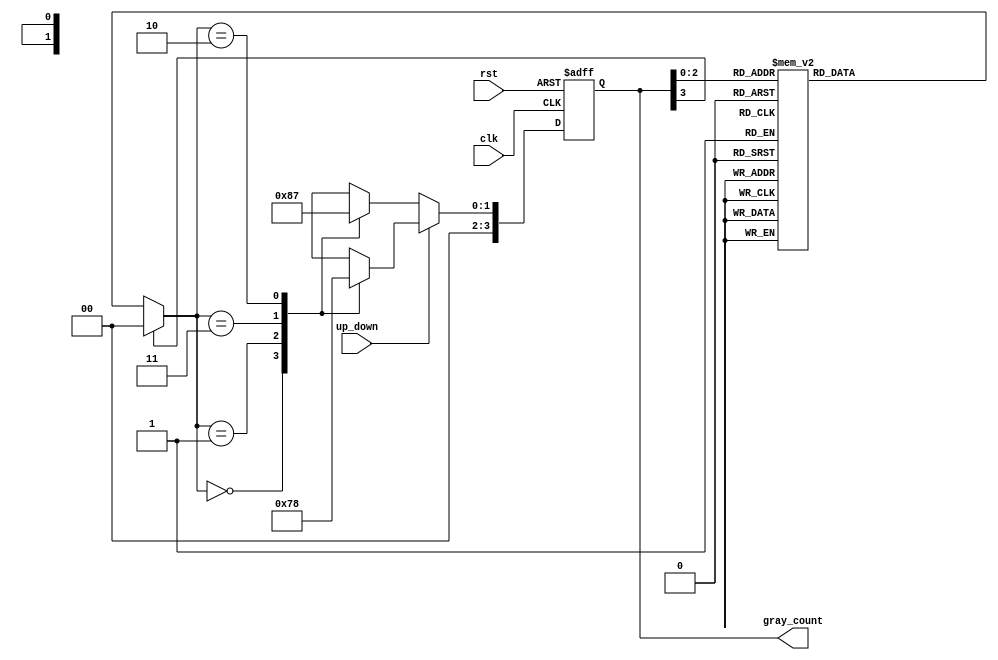
module up_down_gray_counter (
    input clk,
    input rst,
    input up_down,
    output reg [3:0] gray_count
);

reg [3:0] current_state;
reg [1:0] next_state;
reg [1:0] gray_code;

always @ (posedge clk or posedge rst) begin
    if (rst) begin
        current_state <= 4'b0000;
    end else begin
        current_state <= next_state;
    end
end

always @ (*) begin
    case (current_state)
        4'b0000: gray_code = 2'b00;
        4'b0001: gray_code = 2'b01;
        4'b0011: gray_code = 2'b11;
        4'b0010: gray_code = 2'b10;
        4'b0110: gray_code = 2'b10;
        4'b0111: gray_code = 2'b11;
        4'b0101: gray_code = 2'b01;
        4'b0100: gray_code = 2'b00;
        default: gray_code = 2'b00;
    endcase
end

always @ (*) begin
    if (up_down) begin
        case (gray_code)
            2'b00: next_state = 2'b01;
            2'b01: next_state = 2'b11;
            2'b11: next_state = 2'b10;
            2'b10: next_state = 2'b00;
            default: next_state = 2'b00;
        endcase
    end else begin
        case (gray_code)
            2'b00: next_state = 2'b10;
            2'b01: next_state = 2'b00;
            2'b11: next_state = 2'b01;
            2'b10: next_state = 2'b11;
            default: next_state = 2'b00;
        endcase
    end
end

assign gray_count = current_state;

endmodule